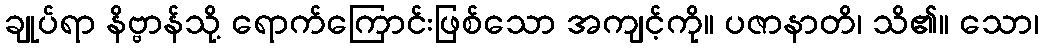
ချုပ်ရာ နိဗ္ဗာန်သို့ ရောက်ကြောင်းဖြစ်သော အကျင့်ကို။ ပဇာနာတိ၊ သိ၏။ သော၊